Civil Veterinary Dept. Assam report 1927-50 - 1927-1950
Year: 1927
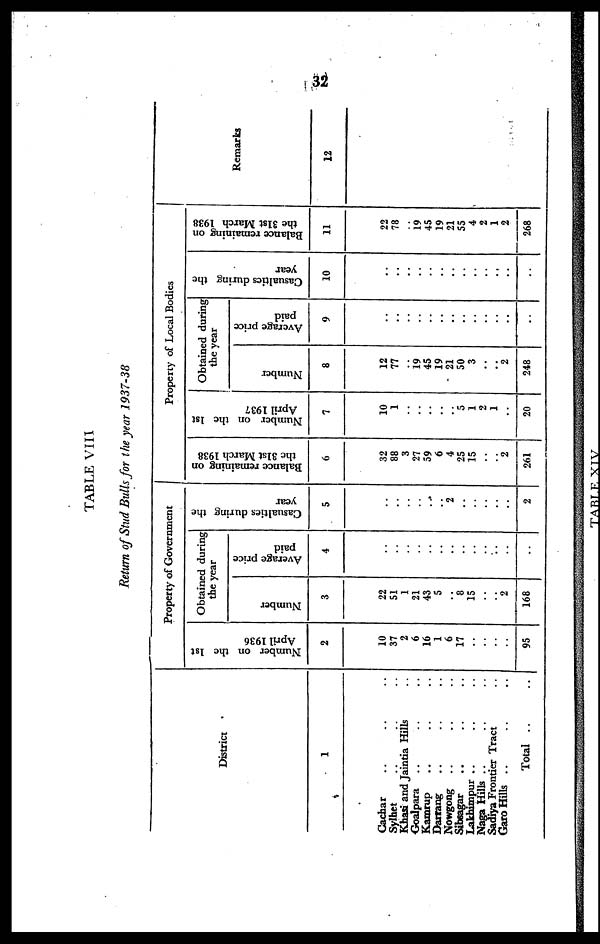
32
TABLE VIII
Return of Stud Bulls for the year 1937-38
District
1
Cachar .. .. ..
Sylhet
Khasi and Jaintia Hills ..
Goalpara .. .. ..
Kamrup .. .. ..
Darrang .. .. ..
Nowgong .. .. ..
Sibsagar .. .. ..
Lakhimpur .. .. ..
Naga Hills .. .. ..
Sadiya Frontier Tract ..
Garo Hills .. .. ..
Total .. ..
Property of Government
Number on the 1st
April 1936
2
10
37
2
6
16
1
6
17
..
..
..
95
Obtained during
the year
Nu mb e r
3
22
51
1
21
43
5
..
8
15
..
2
168
Ave r
a ge price
paid
4
..
..
..
..
..
..
..
..
..
..
..
..
Casualties during the
year
5
..
..
..
..
..
..
2
..
..
..
..
2
Property of Local Bodies
Balance remaining on
the 31st March 1938
6
32
88
3
27
59
6
4
25
15
..
2
261
Number on the 1st
April 1937
7
10
1
..
..
..
..
..
5
1
2
1
..
20
Obtained during
the year
Number
8
12
77
..
19
45
19
21
50
3
..
2
248
Average price
paid
9
..
..
..
..
..
..
..
..
..
..
..
..
Casualties during the
year
10
..
..
..
..
..
..
..
..
..
..
..
.
Balance remaining on
the 31st March 1938
11
78
..
19
45
19
21
55
4
2
1
2
268
Remarks
12